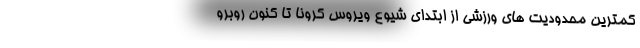
کمترین محدودیت های ورزشی از ابتدای شیوع ویروس کرونا تا کنون روبرو